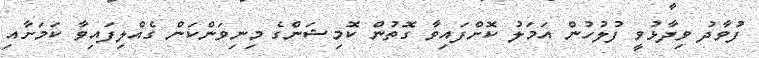
ފުވާދު ވިދާޅުވީ ފުލުހުން އަމަލު ކޮށްފައިވާ ގޮތުން ކޮމިޝަންގެ މިނިވަންކަން ގެއްލިފައިވާ ކަމަށާއި